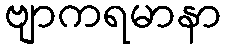
ဗျာကရမာနာ